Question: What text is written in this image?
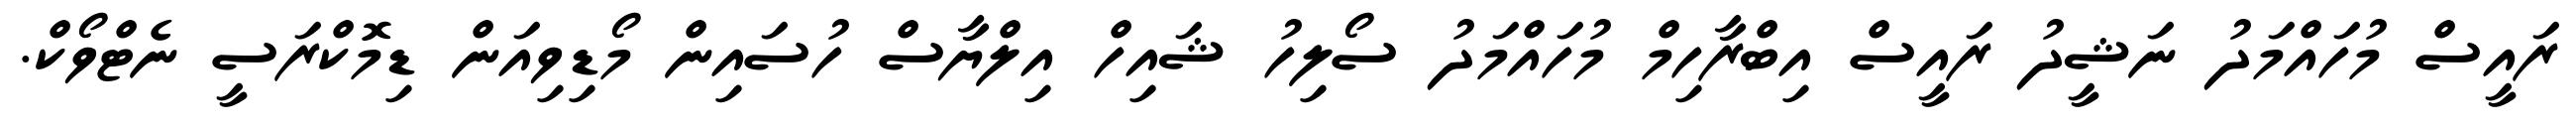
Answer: ރައީސް މުހައްމަދު ނަޝީދު ރައީސް އިބްރާހިމް މުހައްމަދު ސޯލިހު ޝައިހް އިލްޔާސް ހުސައިން މޯޑިވިއަން ޑިމޮކްރަސީ ނެޓްވޯކް.